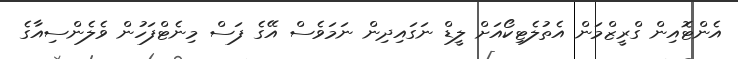
އެންޓޮއިން ގްރީޒްމަން އެތުލެޓިކޯއަށް ލީޑް ނަގައިދިން ނަމަވެސް އޭގެ ފަސް މިނެޓްފަހުން ވެެލެންސިއާގެ